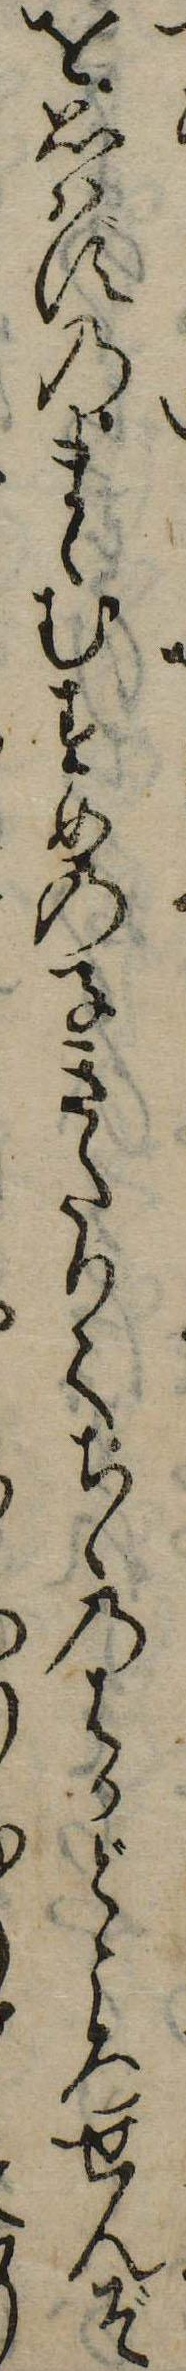
を思はずのまゝむすめの子きたりてちゝのはかどころせんぞ